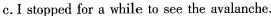
c.I stopped for a while to see the avalanche.